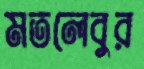
মতলেবুর